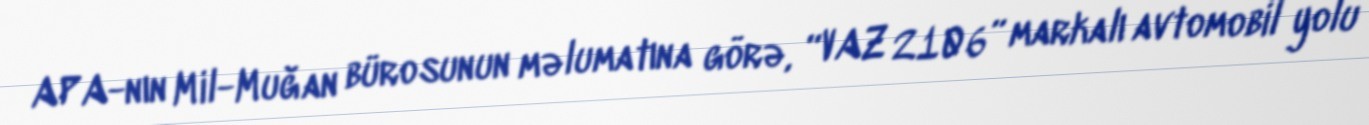
APA-nın Mil-Muğan bürosunun məlumatına görə, “VAZ 2106” markalı avtomobil yolu